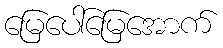
မြေပေါ်မြေအောက်